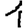
Digit: 1